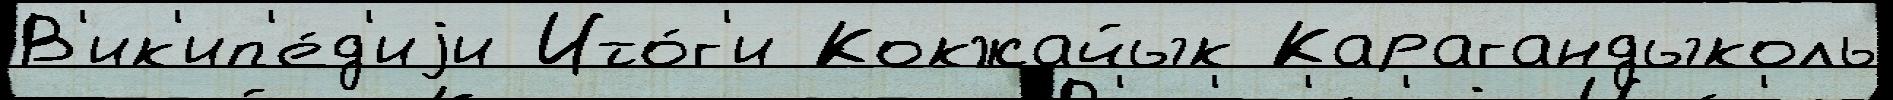
В'ик'ип'е́д'иjи Ито́г'и Кокжайык Карагандыколь